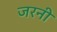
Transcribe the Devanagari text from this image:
जरनी